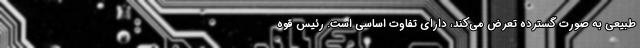
طبیعی به صورت گسترده تعرض می‌کند، دارای تفاوت اساسی است. رئیس قوه